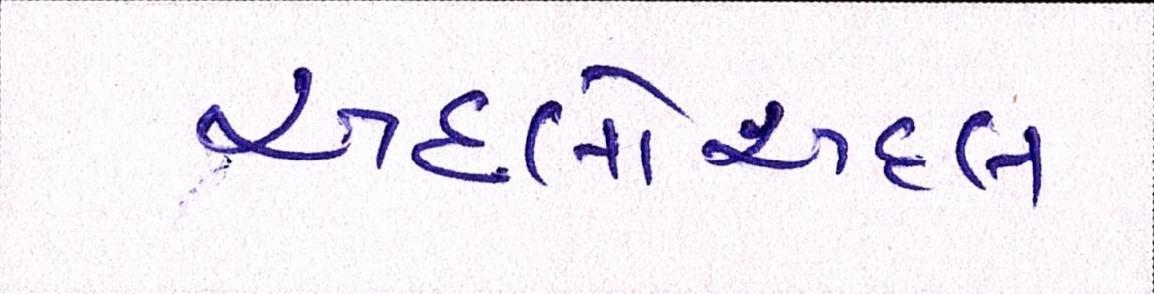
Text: અદલોઅદલ